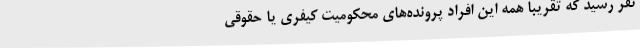
نفر رسید که تقریبا همه این افراد پرونده‌های محکومیت کیفری یا حقوقی